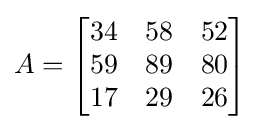
A={\begin{bmatrix}34&58&52\\59&89&80\\17&29&26\end{bmatrix}}